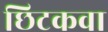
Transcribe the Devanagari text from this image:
छिटकवा